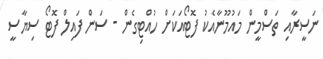
ނަސީރާއި ތަސްމީން މައުމޫނާއެކު ފޮޓޯއަކަށް ހުއްޓިގެން - ސަން ފައިލް ފޮޓޯ ސިޔާސީ